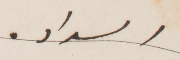
السداد.